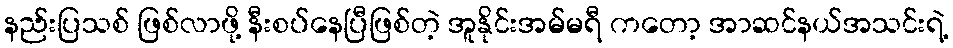
နည်းပြသစ် ဖြစ်လာဖို့ နီးစပ်နေပြီဖြစ်တဲ့ အူနိုင်းအမ်မရီ ကတော့ အာဆင်နယ်အသင်းရဲ့